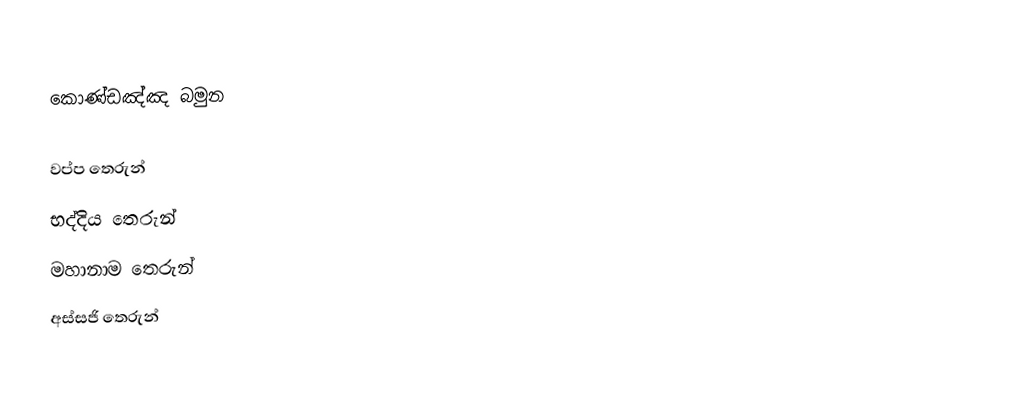
කොණ්ඩඤ්ඤ බමුන

 වප්ප තෙරුන්
 භද්දිය තෙරුන්
 මහානාම තෙරුන්
 අස්සජි තෙරුන්